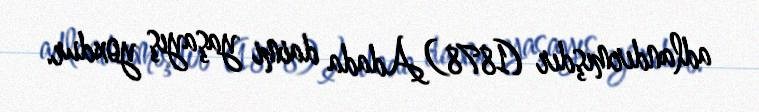
adlandırmışdır (1878)Adada daimi yaşayış yoxdur.